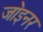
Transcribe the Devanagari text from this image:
जा॓इनर